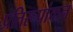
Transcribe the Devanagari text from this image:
प्रतिरूपांकन